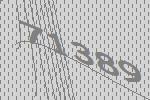
71389